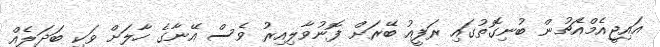
އައިޖީއެމްއެޗުން ބުނިގޮތުގައި ރަފީއު ބޭރަށް ފޮނުވާލިއިރު ވެސް އޭނާގެ ހާލަށް ވަކި ބަދަލެއް